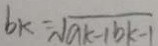
b k = \sqrt { a k - 1 b k - 1 }